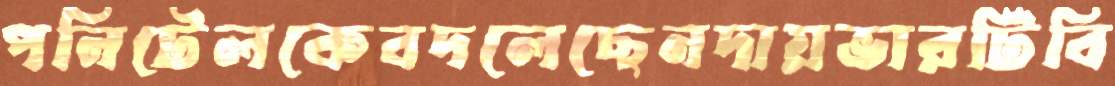
পনিটেলকেবদলেছেনদায়ভারটিবি